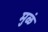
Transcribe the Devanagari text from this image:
मुळं